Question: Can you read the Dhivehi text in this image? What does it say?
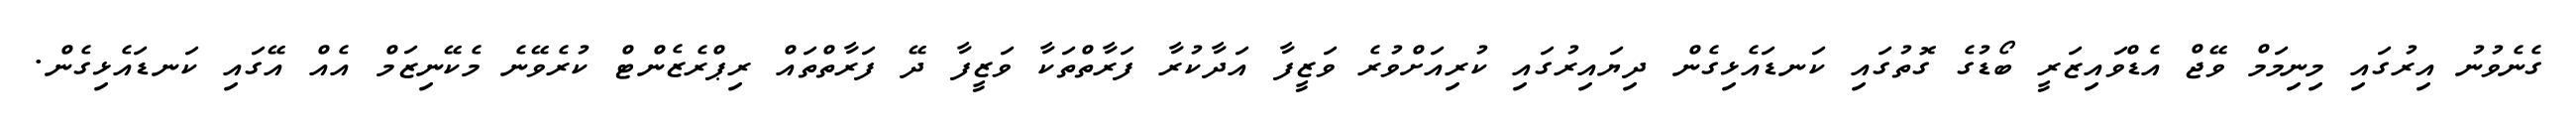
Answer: ގެނެވުނު އިރުގައި މިނިމަމް ވޭޖް އެޑްވައިޒަރީ ބޯޑުގެ ގޮތުގައި ކަނޑައެޅިގެން ދިޔައިރުގައި ކުރިއަށްވުރެ ވަޒީފާ އަދާކުރާ ފަރާތްތަކާ ވަޒީފާ ދޭ ފަރާތްތައް ރިޕްރެޒެންޓް ކުރެވޭނެ މެކޭނިޒަމް އެއް އޭގައި ކަނޑައެޅިގެން.